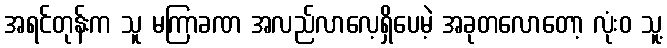
အရင်တုန်းက သူ မကြာခဏ အလည်လာလေ့ရှိပေမဲ့ အခုတလောတော့ လုံးဝ သူ့